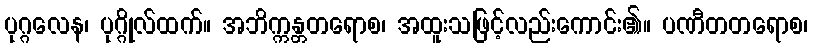
ပုဂ္ဂလေန၊ ပုဂ္ဂိုလ်ထက်။ အဘိက္ကန္တတရောစ၊ အထူးသဖြင့်လည်းကောင်း၏။ ပဏီတတရောစ၊